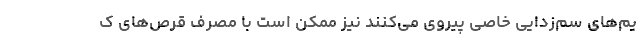
یم‌های سم‌زدایی خاصی پیروی می‌کنند نیز ممکن است با مصرف قرص‌های ک